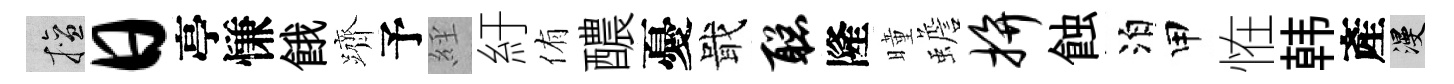
擅日亭慊餓躋予𦀇紆侑醲憂戢聪隆曈蟾拚蝕泊甲恠韩產漫